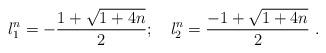
LaTeX: \begin{align*}{l_1^n} =-\frac{1+\sqrt{1+4n}}{2};~~~{l_2^n} =\frac{-1+\sqrt{1+4n}}{2}~.\end{align*}